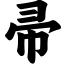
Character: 帚